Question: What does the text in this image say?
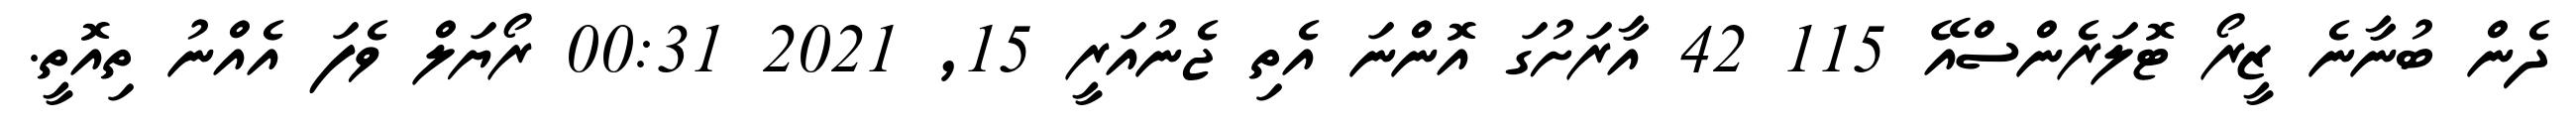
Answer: ދެން ބުނާނެ ޒީރޯ ޓޮލަރެންސްއޭ 115 42 އާރަށުގަ އޮންނަ އެތި ޖެނުއަރީ 15, 2021 00:31 ރޯޔަލް ވެފަ އެއްނު ތިއޮތީ.